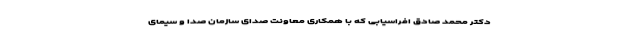
دکتر محمد صادق افراسیابی که با همکاری معاونت صدای سازمان صدا و سیمای